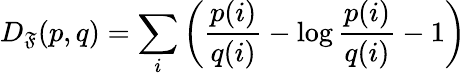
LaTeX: D_{\mathfrak{F}}(p,q)=\sum_{i}\left({\frac{{p(i)}}{{q(i)}}}-\log{\frac{{p(i)}}{{q(i)}}}-1\right)